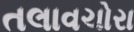
તલાવચોરા